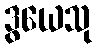
ဒွယေသု